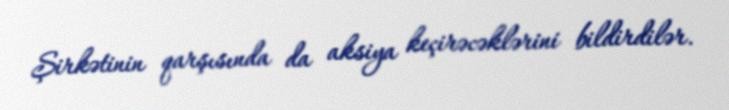
Şirkətinin qarşısında da aksiya keçirəcəklərini bildirdilər.